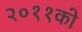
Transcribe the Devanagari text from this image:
२०११को